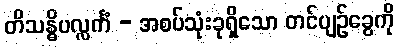
တိသန္ဓိပလ္လင်္ကံ - အစပ်သုံးခုရှိသော တင်ပျဉ်ခွေကို